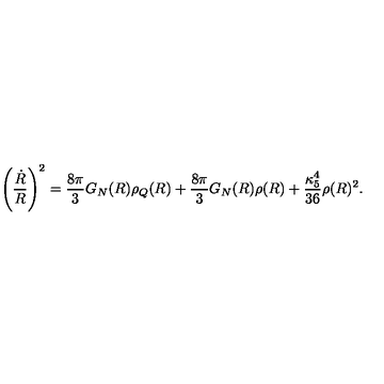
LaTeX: \left( { \frac { \dot { R } } { R } } \right) ^ { 2 } = { \frac { 8 \pi } { 3 } } G _ { N } ( R ) \rho _ { Q } ( R ) + { \frac { 8 \pi } { 3 } } G _ { N } ( R ) \rho ( R ) + { \frac { \kappa _ { 5 } ^ { 4 } } { 3 6 } } \rho ( R ) ^ { 2 } .